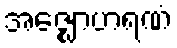
အဇ္ဈောဟရဏံ